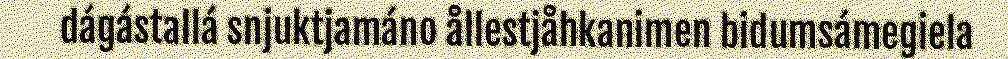
dágástallá snjuktjamáno ållestjåhkanimen bidumsámegiela